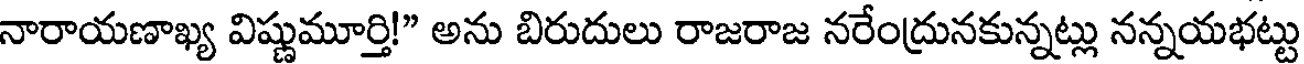
నారాయణాఖ్య విష్ణుమూర్తి!" అను బిరుదులు రాజరాజ నరేంద్రునకున్నట్లు నన్నయభట్టు